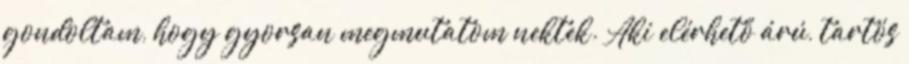
gondoltam, hogy gyorsan megmutatom nektek. Aki elérhető árú, tartós